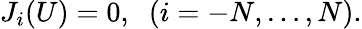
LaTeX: J_{i}(U)=0,\; \; (i=-N,\ldots,N).